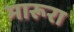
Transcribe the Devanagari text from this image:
मारूरा